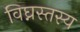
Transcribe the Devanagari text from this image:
विघ्नस्तस्य